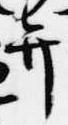
弁